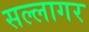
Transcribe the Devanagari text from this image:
सल्लागर